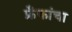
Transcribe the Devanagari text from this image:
फ्रँकांचा